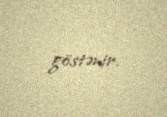
göstərir.